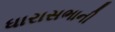
ધારાસભાની